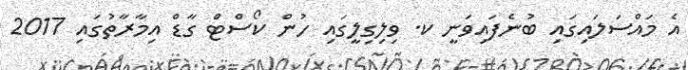
އެ މައްސަލައިގައި ބުނެފައިވަނީ ކ. ވިލިގިލީގައި ހުން ކޯސްޓް ގާޑް އިމާރާތުގައި 2017